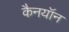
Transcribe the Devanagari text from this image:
कैनयॉन